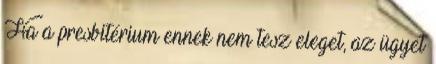
Ha a presbitérium ennek nem tesz eleget, az ügyet